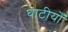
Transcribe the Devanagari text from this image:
घाटीयोँ